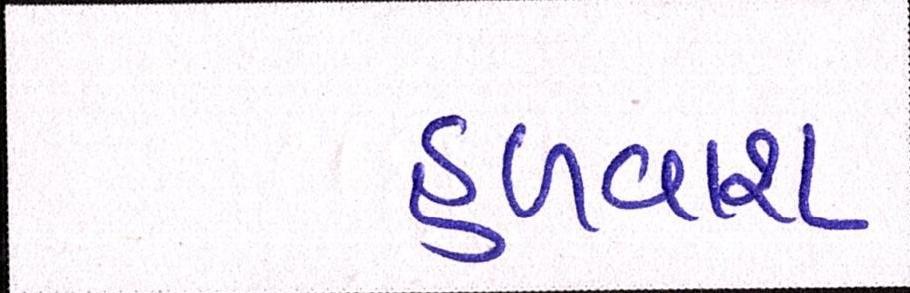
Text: હળવાશ